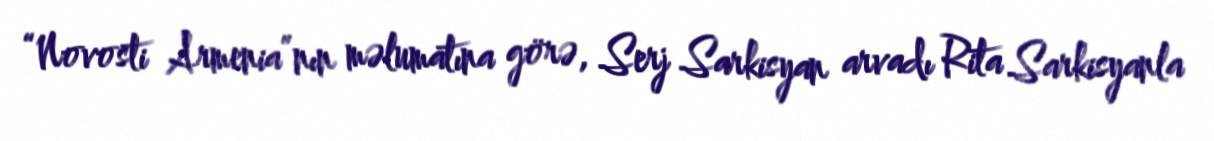
“Novosti Armenia”nın məlumatına görə, Serj Sarkisyan arvadı Rita Sarkisyanla